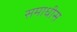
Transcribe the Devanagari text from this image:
समाधीस